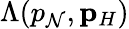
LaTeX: \Lambda(p_{\mathcal{N}},{\mathbf{p}}_{H})